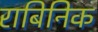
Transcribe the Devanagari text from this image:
राबिनिक